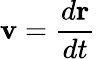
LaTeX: \mathbf{v}={\frac{d\mathbf{r}}{dt}}